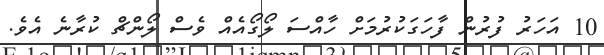
10 އަހަރު ފުރުން ފާހަގަކުރުމަށް ހާއްސަ ލޯގޯއެއް ވެސް ލޯންޗް ކުރާނެ އެވެ.